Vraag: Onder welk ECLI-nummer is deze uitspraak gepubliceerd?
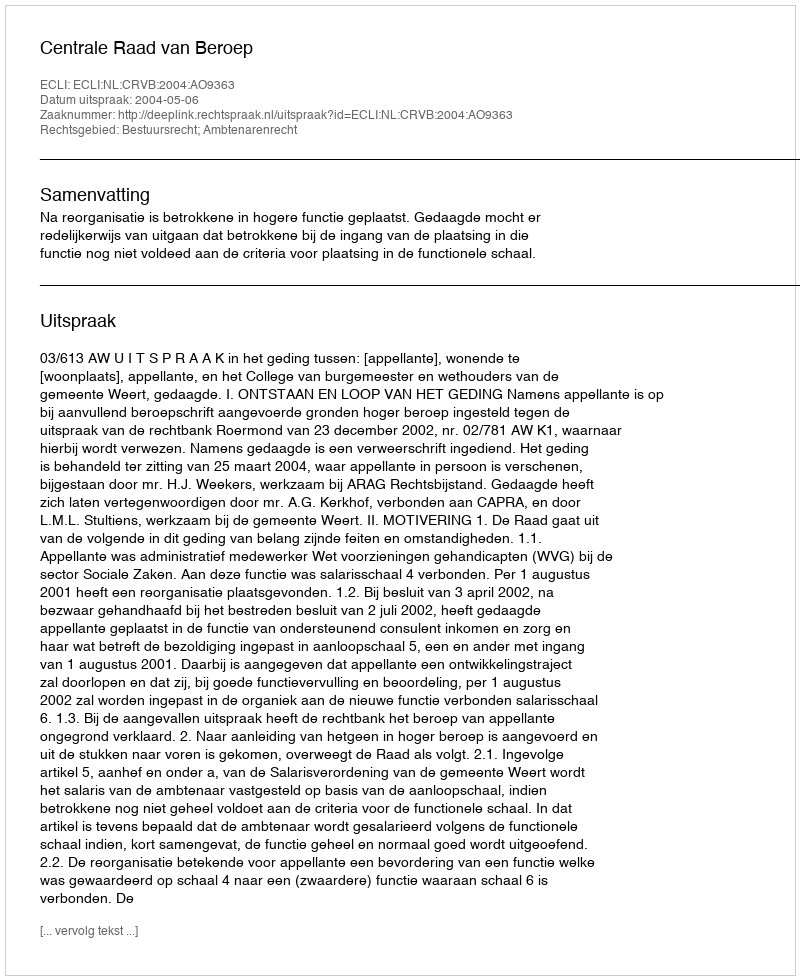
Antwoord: ECLI:NL:CRVB:2004:AO9363